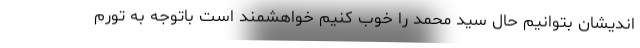
اندیشان بتوانیم حال سید محمد را خوب کنیم خواهشمند است باتوجه به تورم